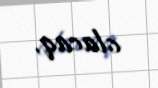
olacaq.